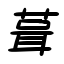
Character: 葺